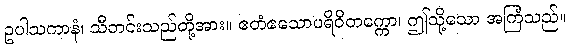
ဥပါသကာနံ၊ သီတင်းသည်တို့အား။ ဧတံဧသောပရိဝိတက္ကော၊ ဤသို့သော အကြံသည်။